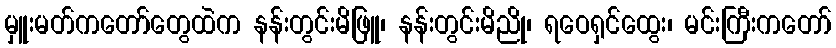
မှူးမတ်ကတော်တွေထဲက နန်းတွင်းမိဖြူ၊ နန်းတွင်းမိညို၊ ရဝေရှင်ထွေး၊ မင်းကြီးကတော်